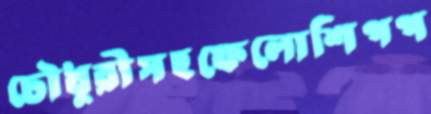
চৌধুরীসহফেলোশিপপ